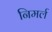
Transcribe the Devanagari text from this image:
निमर्ल